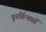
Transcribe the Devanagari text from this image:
पूनर्विन्यासों